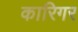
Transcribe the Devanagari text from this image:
कारिगर